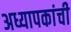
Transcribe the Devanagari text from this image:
अध्यापकांची